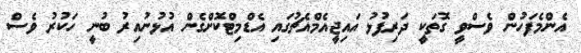
އެންމެފަހުން ވެސްވީ ގޮތަކީ ދަރިފުޅު އައިޖީއެމްއެޗުގައި އެޑްމިޓްކޮށްގެން އުޅުނުއިރު ބުނީ ހަކުރު ވެސް